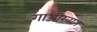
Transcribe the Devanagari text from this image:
गाजीखान